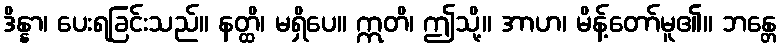
ဒိန္နာ၊ ပေးရခြင်းသည်။ နတ္ထိ၊ မရှိပေ။ ဣတိ၊ ဤသို့။ အာဟ၊ မိန့်တော်မူ၏။ ဘန္တေ